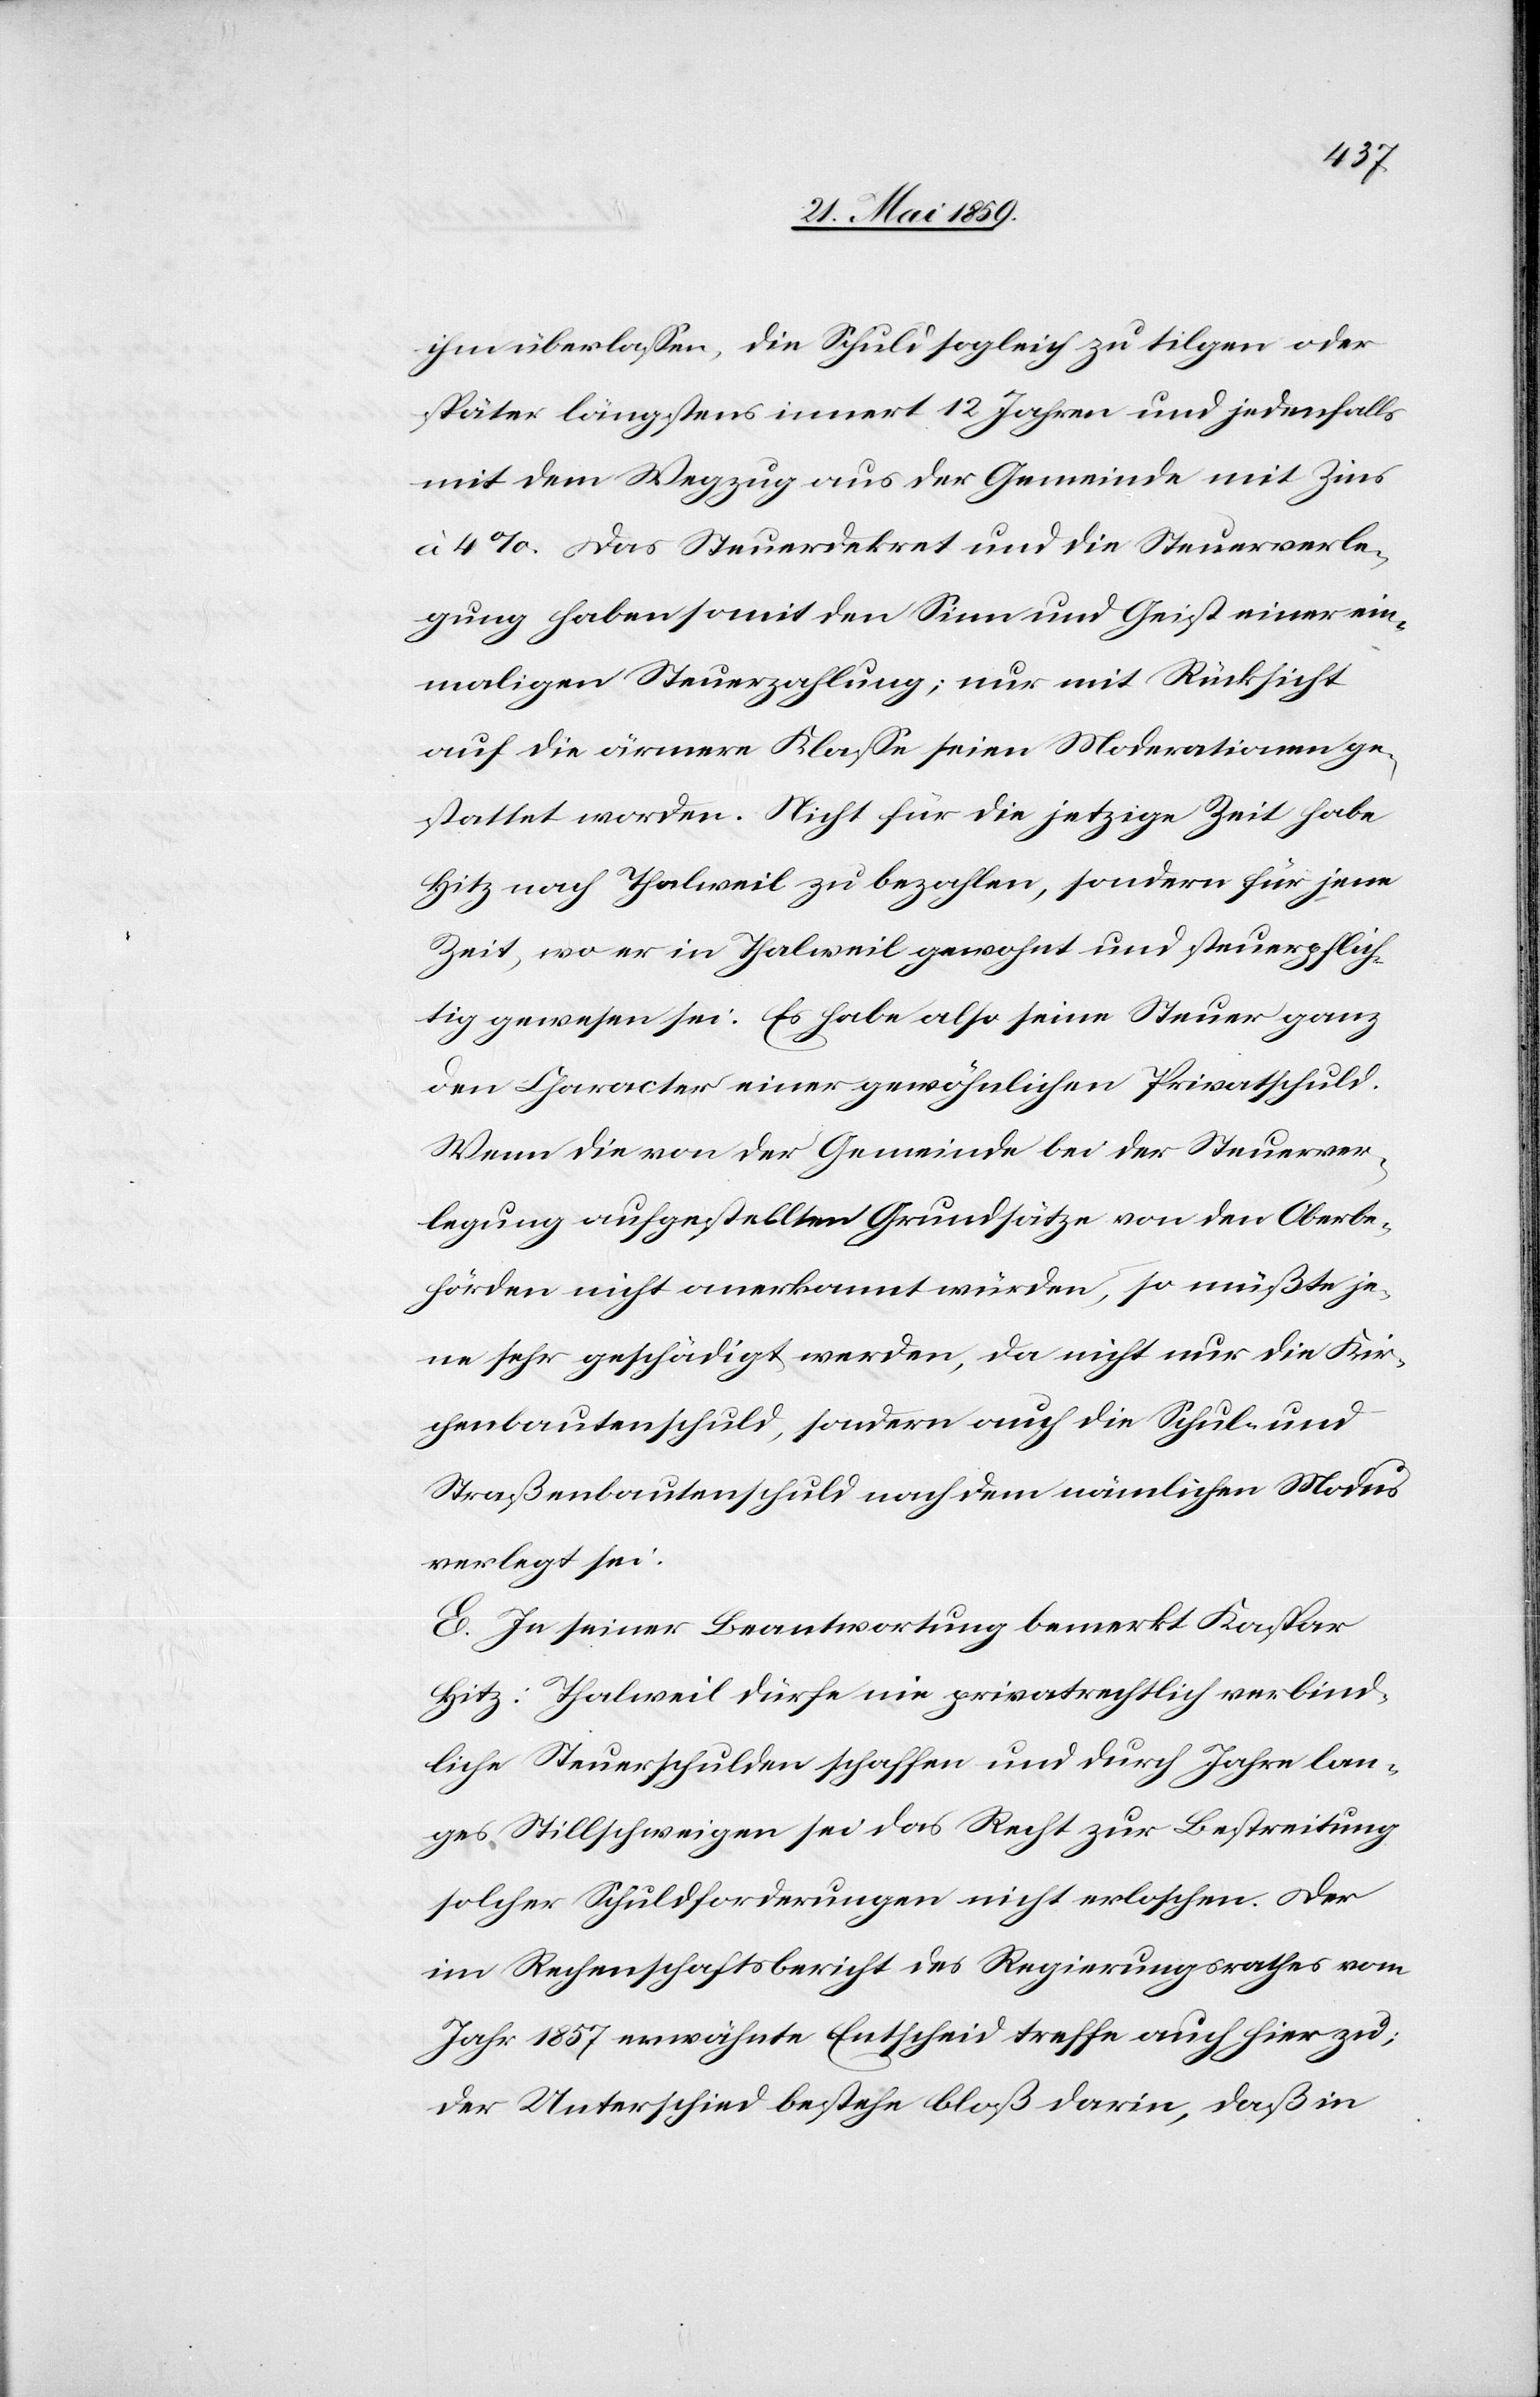
ihm überlassen, die Schuld sogleich zu tilgen oder
später längstens innert 12 Jahren und jedenfalls
mit dem Wegzug aus der Gemeinde mit Zins
à 4%. Das Steuerdekret und die Steuerverle¬
gung haben somit den Sinn und Geist einer ein¬
maligen Steuerzahlung, nur mit Rücksicht
auf die ärmere Klasse seien Moderationen ge¬
stattet worden. Nicht für die jetzige Zeit habe
Hitz nach Thalweil zu bezahlen, sondern für jene
Zeit, wo er in Thalweil gewohnt und steuerpflich¬
tig gewesen sei: Es habe also seine Steuer ganz
den Character einer gewöhnlichen Privatschuld.
Wenn die von der Gemeinde bei der Steuerver¬
legung ausgestellten Grundsätze von den Oberbe¬
hörden nicht anerkannt würden, so müßte je¬
ne sehr geschädigt werden, da nicht nur die Kir¬
chenbautenschuld, sondern auch die Schul- und
Straßenbautenschuld nach dem nämlichen Modus
verlegt sei:
E. In seiner Beantwortung bemerkt Kaspar
Hitz: Thalweil dürfe nie privatrechtlich verbind¬
liche Steuerschulden schaffen und durch Jahre lan¬
ges Stillschweigen sei das Recht zur Bestreitung
solcher Schuldforderungen nicht erloschen. Der
im Rechenschaftsbericht des Regierungsrathes vom
Jahr 1857 erwähnte Entscheid treffe auch hier zu;
der Unterschied bestehe bloß darin, daß in